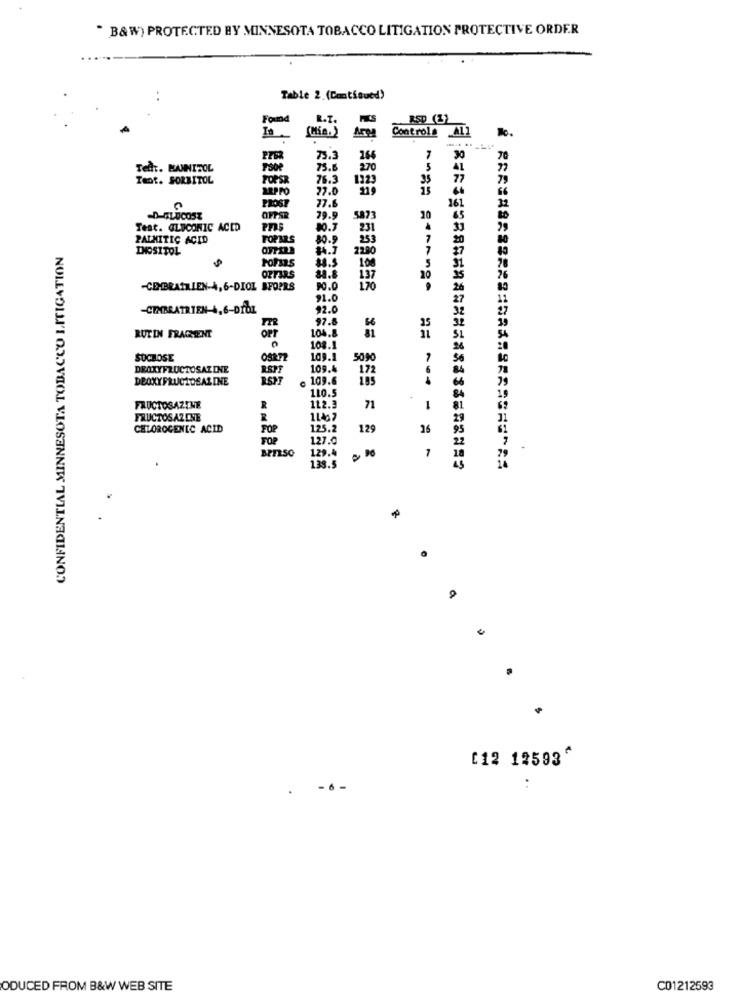
" B& W) PROTECTED BY MINNESOTA TOBACCO LITIGATION PROTECTIVE ORDER
Table 2.(Continued)
RSD (1)
Forma
Controla All
75.3
266
7
30
Tellt. MANNITOL
75.8
270
41
Teot. SORBITOL
POPSR
76.3
1223
35
77.
219
PROST
161
77.6
79.9
S873
20
65
Test. GLUCONIC ACID
80.7
231
PALMITIC ACID
FOPARS
30.9
253
20
CONFIDENTIAL MINNESOTA TOBACCO LITIGATION
DOSITOL
2280
7
27
Formas
100
31
OPFERS
20
35
-CEMBRATRIEN-4,6-DIOL SFOPRS
90.0
1.70
26
91.0
-CIMBRATRIEN-4,6-DIOL
92.0
97.8
OFF
104.8
66
RUTIN FRAGENT
108.1
SOCHOSE
109.1
5090
DEOXYFRUCTOSAZINE
109.4
172
DEOXYFRUCTOSALINE
109.6
185
110.5
.
FRUCTOSAZTHE
R
112.3
71
1
FRUCTOS AZ CHE
1147
CHLOROCENIC ACID
FOP
125.2
129
26
95
FOR
127.0
22
BPELSO
129.4
7
138.5
a
[12 12593^
-6
ODUCED FROM B&W WEB SITE
C01212593